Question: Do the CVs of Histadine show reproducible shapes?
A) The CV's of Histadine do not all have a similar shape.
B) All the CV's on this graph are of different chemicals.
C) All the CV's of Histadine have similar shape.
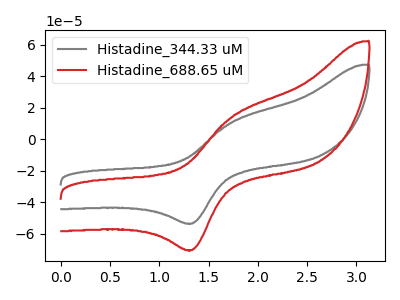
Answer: <think>The gray curve "Histadine_344.33 uM" has an anodic peak at (1.75V, 10.70uA) and a cathodic peak at (1.35V, -53.65uA). The red curve "Histadine_688.65 uM" has an anodic peak at (1.75V, 14.05uA) and a cathodic peak at (1.35V, -70.50uA).
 All the peaks in "Histadine_344.33 uM" have a peak in "Histadine_688.65 uM" at the same potential. Every peak in "Histadine_344.33 uM" is lower than every peak in "Histadine_688.65 uM".</think>
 <answer>C) All the CV's of "Histadine" have similar shape.</answer>
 <eval>C</eval>